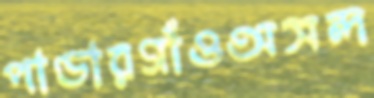
পাণ্ডারগাঁওঅসন্দ